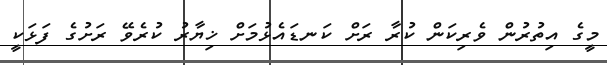
މީގެ އިތުރުން ވެރިކަން ކުރާ ރަށް ކަނޑައެޅުމަށް ޚިޔާރު ކުރެވޭ ރަށުގެ ފަޅަކީ